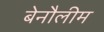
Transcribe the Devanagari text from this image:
बेनौलीम